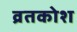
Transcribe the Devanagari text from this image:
व्रतकोश